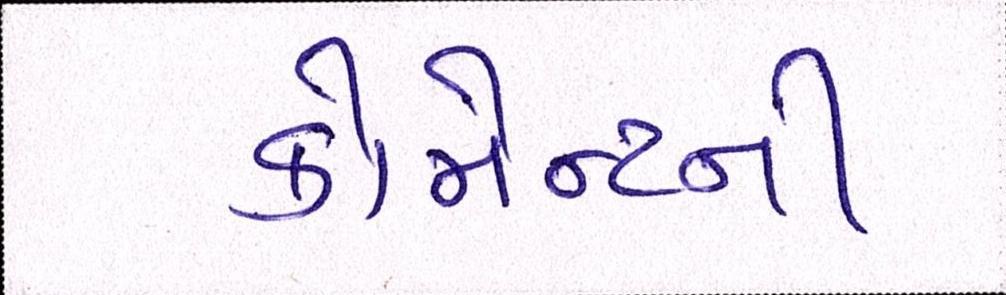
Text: કોમેન્ટની